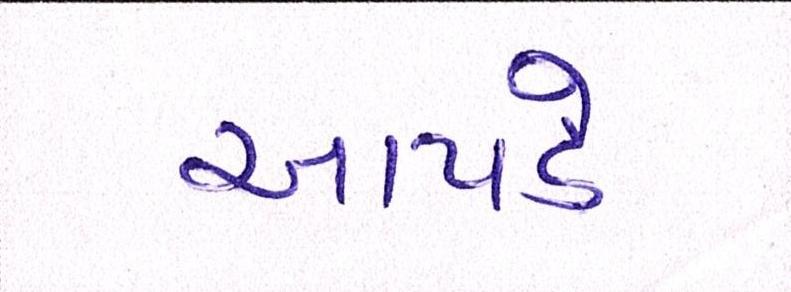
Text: આપડે